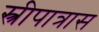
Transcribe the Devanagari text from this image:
स्त्रीपात्रास